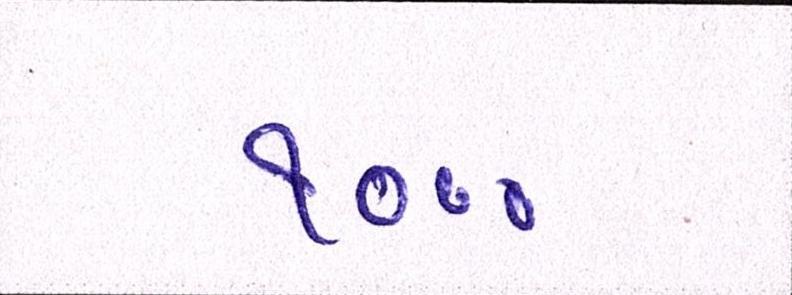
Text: ૧૦૦૦